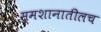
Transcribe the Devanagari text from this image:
स्मशानातीलच